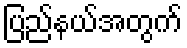
ပြည်နယ်အတွက်